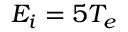
E _ { i } = 5 T _ { e }